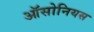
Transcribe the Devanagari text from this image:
ऑसोनियस